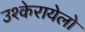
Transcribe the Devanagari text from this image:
उश्केरायेलो